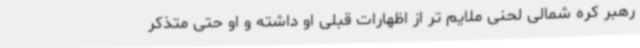
رهبر کره شمالی لحنی ملایم تر از اظهارات قبلی او داشته و او حتی متذکر